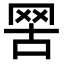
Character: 𦊟